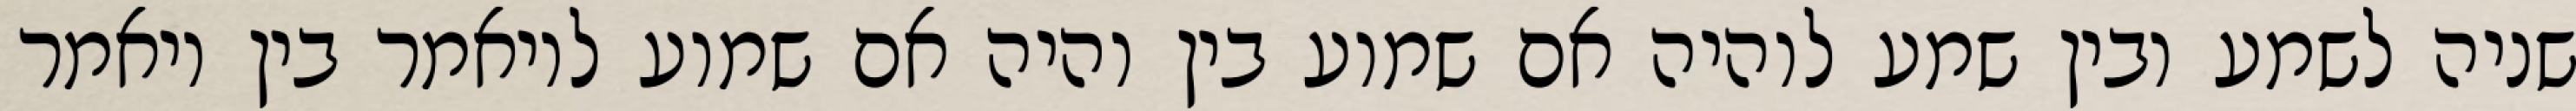
שניה לשמע ובין שמע לוהיה אם שמוע בין והיה אם שמוע לויאמר בין ויאמר